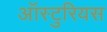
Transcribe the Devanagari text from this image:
ऑस्टुरियस